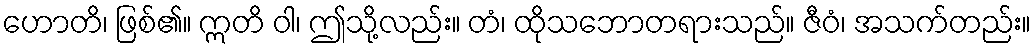
ဟောတိ၊ ဖြစ်၏။ ဣတိ ဝါ၊ ဤသို့လည်း။ တံ၊ ထိုသဘောတရားသည်။ ဇီဝံ၊ အသက်တည်း။